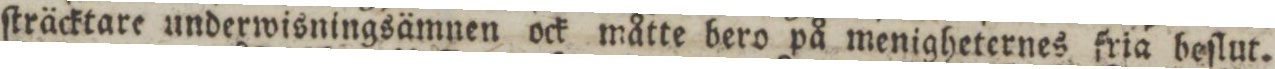
ſträcktare underwisningsämnen ock måtte bero på menigheternes fria beſlut.